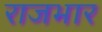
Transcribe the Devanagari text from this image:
राजभार